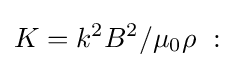
K={k^{2}B^{2}/\mu _{0}\rho }\ :